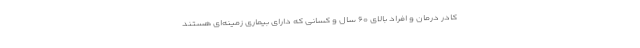
کادر درمان و افراد بالای ۶۰ سال و کسانی که دارای بیماری زمینه‌ای هستند